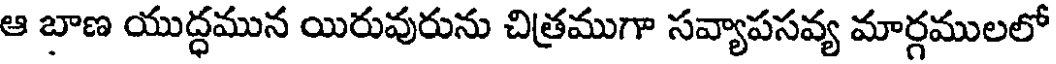
ఆ బాణ యుద్ధమున యిరువురును చిత్రముగా సవ్యాపసవ్య మార్గములలో